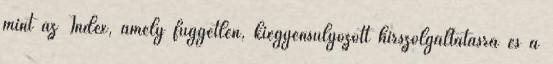
mint az Index, amely független, kiegyensúlyozott hírszolgáltatásra és a